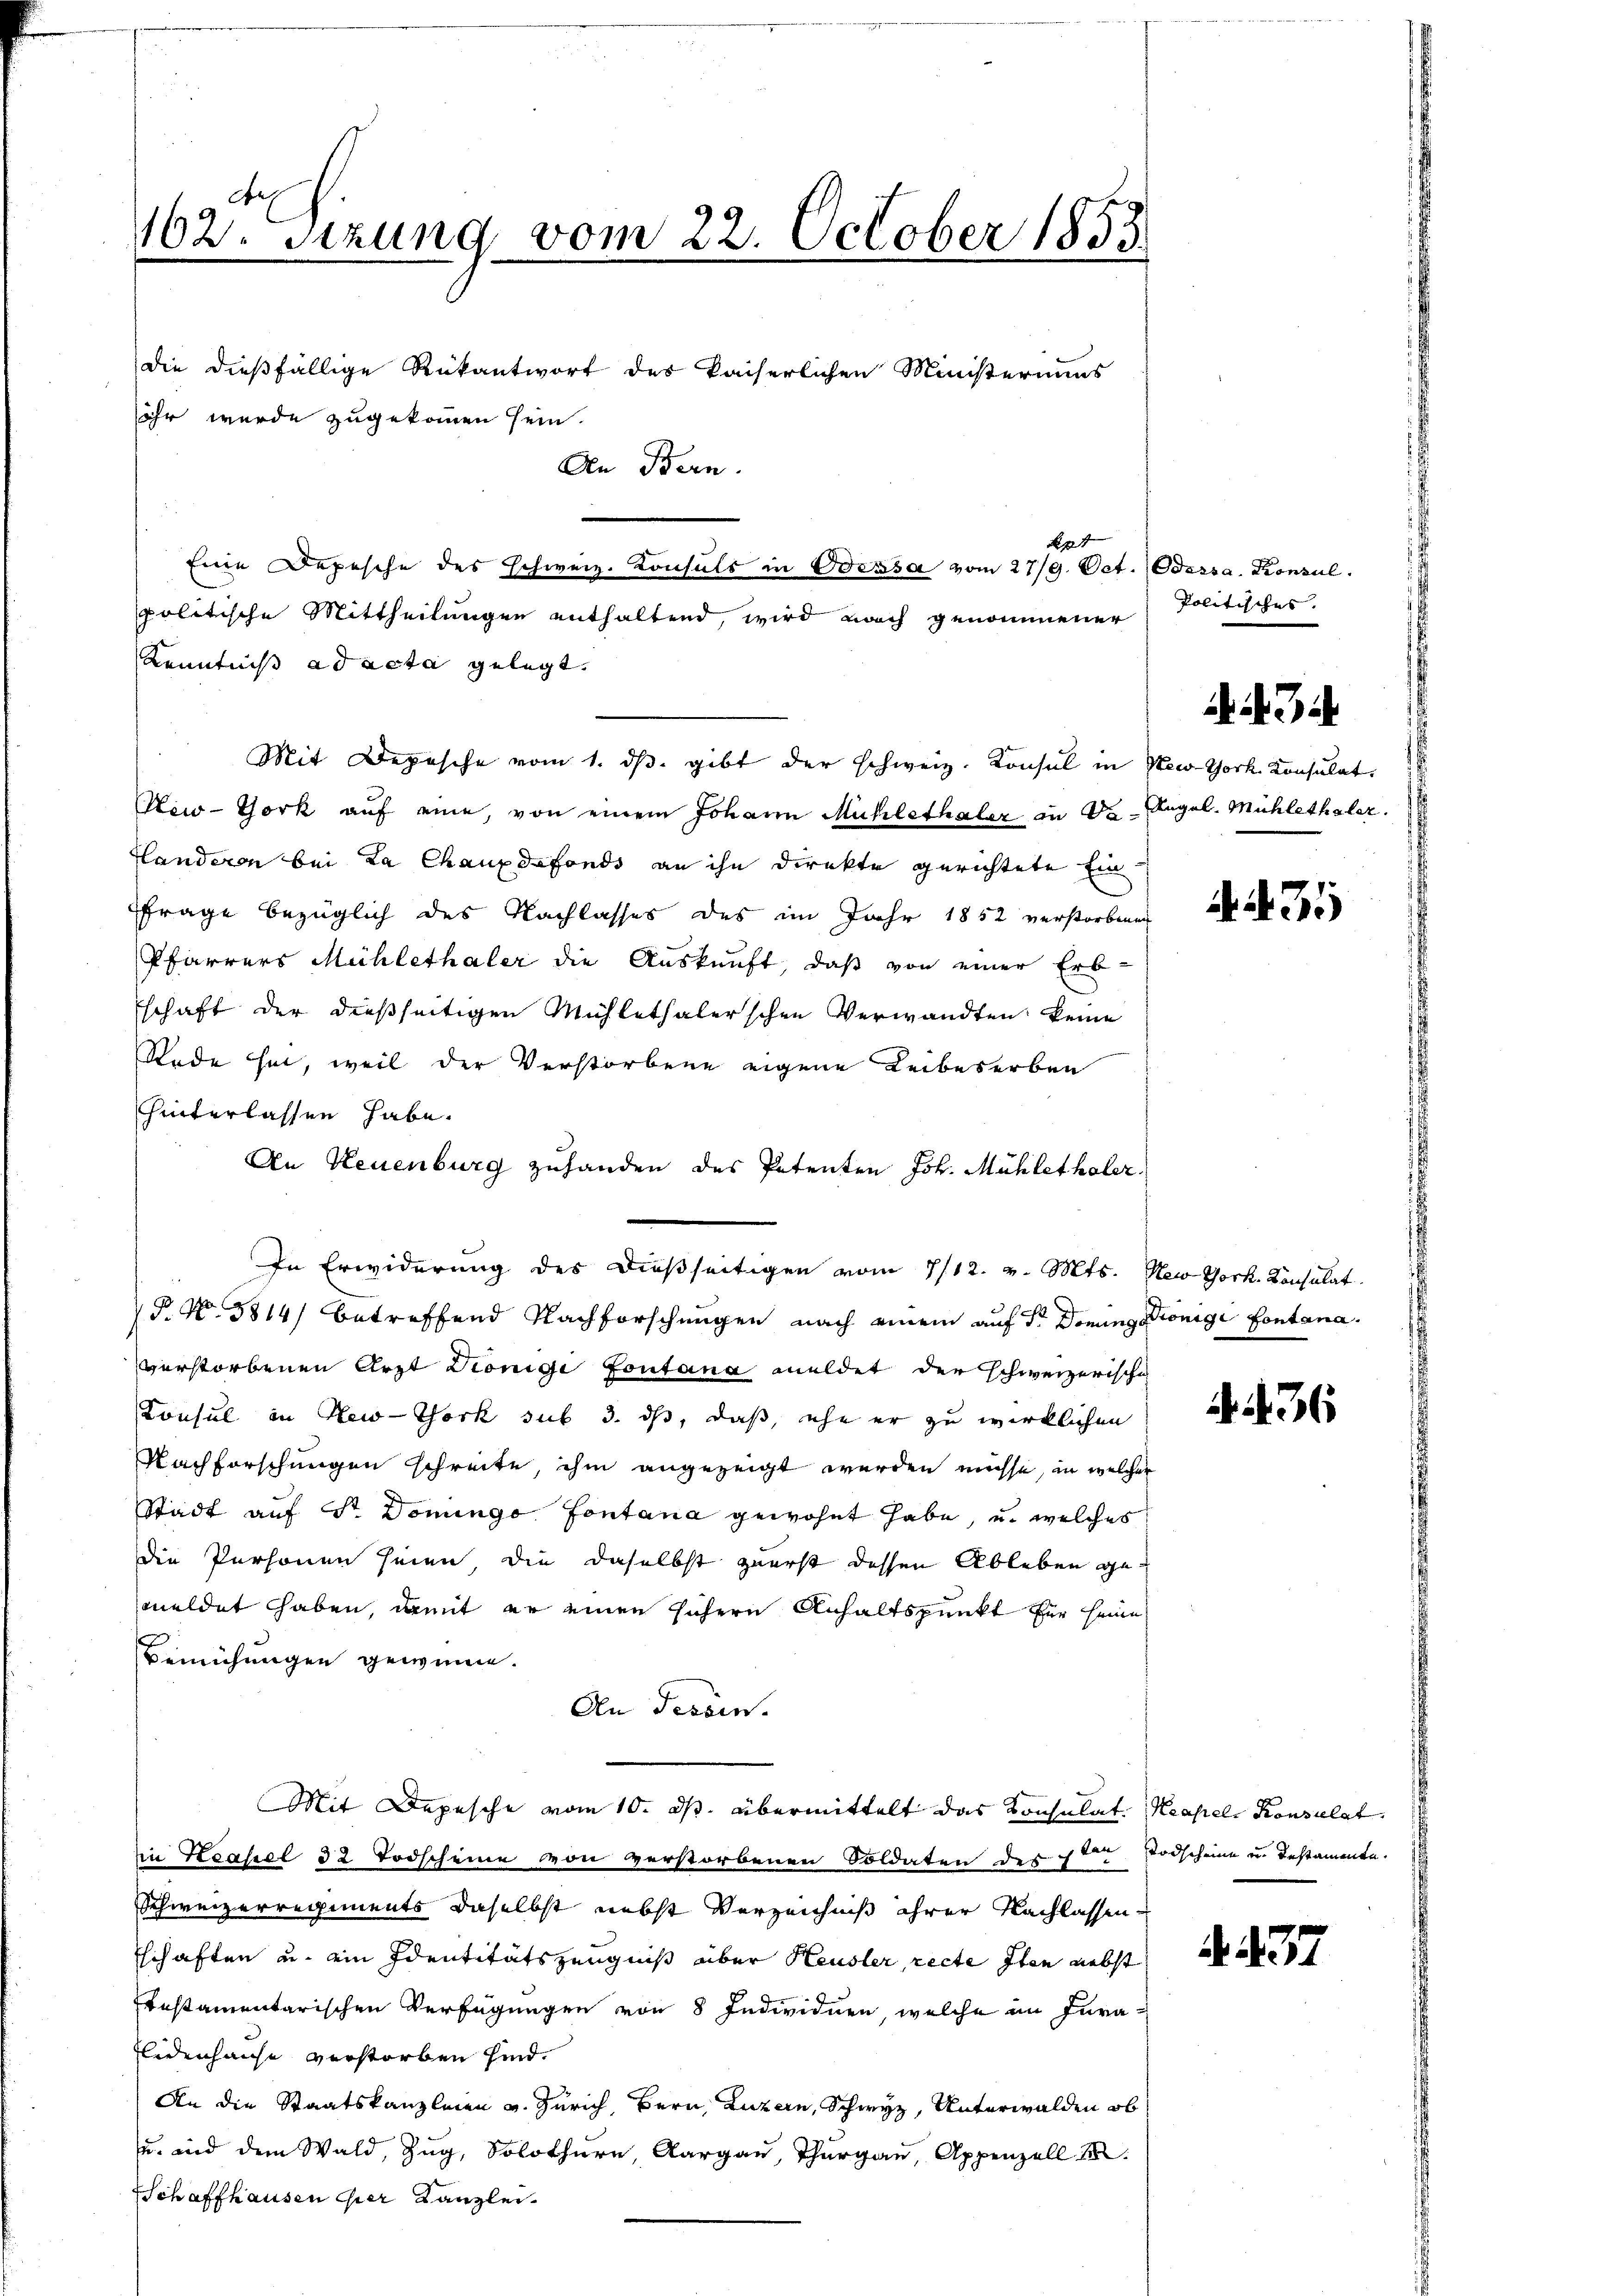
Aes
162. Sezung vom 22. October 1853

die dießfällige Rükantwort des kaiserlichen Ministeriums
sihr wurde zugekommen sein.
An Bern.

politische Mittheilungen enthaltend, wird noch genommener
Kenntniß ad acta gelegt.
New-York auf eine, von einem Johann Mühlethaler in da Angel. Mühlethaler.
Handeren bei La Chauxdefonds an ihn Direkte gerichtete Ein
Ffrage bezüglich des Nachlasses des im Jahr 1852 verstorbenen
Pfarrers Mühlethaler die Auskunft, daß von einer Erb-
schaft der dießseitigen Michlethalerschen Verwandten keine
Rede her, weil der Verstorbene eigene Leibeserben
hinterlassen habe.
An Neuenburg zuhanden des Petenten Joh. Mühlethaler.
§. N. 5814) betreffend Nachforschungen nach einem auf dr Donung Könige Fontana.
verstorbenen Arzt Diönige Fontana meldet der schweizerische
Consul in New-York sub 3. ds, daß, ehe er zu wirklichen
Nachforschungen schreite, ihm angezeigt werden müsse, in welcher
Stadt auf Sr. Dominge Fontana gewohnt habe, u. welches
die Personen seien, die daselbst zuerst dessen Ableben gemeldet haben, damit er einen sichern Anhaltspunkt für seine
Bemühungen gewinne.
An Tessin.
Mit Depesche vom 10. ds. übermittelt das Konsulat. Neapel- Konsulat
iin Keahel 32 Todscheine von verstorbenen Soldaten des 1sten Todscheine u. bestamente.
Schweizerregiments daselbst nebst Verzeichniß ihrer Nachlassen
schaften u. ein Identitätszeugniß über Heusler, recte Iten nebst
Instamentarischen Verfügungen von 8 Individuen, welche im Juralidenhause verstorben sind.
An die Staatskanzleien v. Zürich, Bern, Luzern, Schwyz, Unterwalden ob
u. und dem Wald, Zug, Solothurn, Aargau, Thurgau, Appenzell
Schaffhausen der Kanzlei.

4
Eine Depesche des schweiz. Konsuls in Odessa vom 27/9. Oct. Odessa, Konsul

Mit Depesche vom 1. dβ. gibt der schweiz. Konsul in New-York Konsulat

In Erwiderung des dießseitigen vom 1/12. v. Mts.

Politisches.

3

AA35

New York. Konsulat

I. 436

A. 437